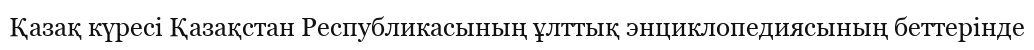
Қазақ күресі Қазақстан Республикасының ұлттық энциклопедиясының беттерінде